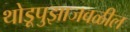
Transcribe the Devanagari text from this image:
थोडूपुझाजवळील